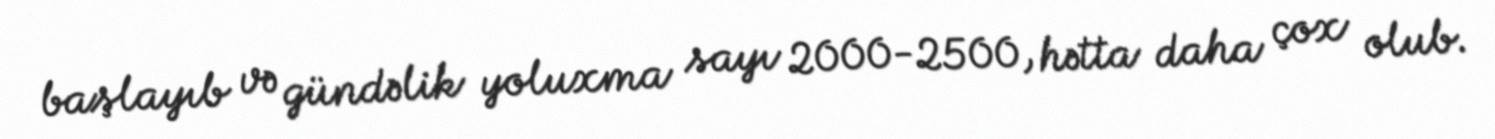
başlayıb və gündəlik yoluxma sayı 2000-2500, hətta daha çox olub.